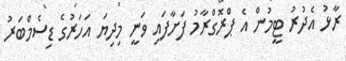
ރާޅު އެދުރު ޓީމުން އެ ޕްރޮގްރާމު ފަށާފައި ވަނީ މިދިޔަ އަހަރުގެ ޑިސެމްބަރު